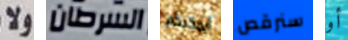
ولا السرطان أيمكنكم سنرقص أو